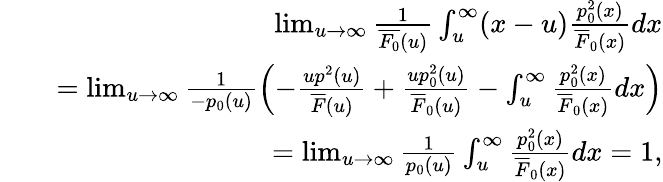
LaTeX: \begin{array}{rlr}&{}&{\operatorname*{lim}_{u\to\infty}\frac{1}{\overline{{F_{0}}}(u)}\int_{u}^{\infty}(x-u)\frac{p_{0}^{2}(x)}{\overline{{F}}_{0}(x)}dx}\\ &{}&{=\operatorname*{lim}_{u\to\infty}\frac{1}{-p_{0}(u)}\left(-\frac{up^{2}(u)}{\overline{{F}}(u)}+\frac{up_{0}^{2}(u)}{\overline{{F}}_{0}(u)}-\int_{u}^{\infty}\frac{p_{0}^{2}(x)}{\overline{{F}}_{0}(x)}dx\right)}\\ &{}&{=\operatorname*{lim}_{u\to\infty}\frac{1}{p_{0}(u)}\int_{u}^{\infty}\frac{p_{0}^{2}(x)}{\overline{{F}}_{0}(x)}dx=1,}\end{array}